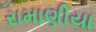
રામાણીયા